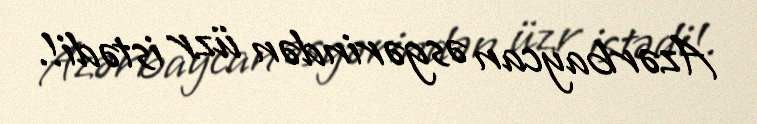
Azərbaycan əsgərindən üzr istədi!.